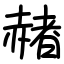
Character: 赭